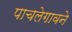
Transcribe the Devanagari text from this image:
पाचलेगावने